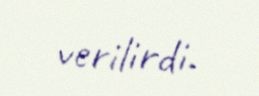
verilirdi.